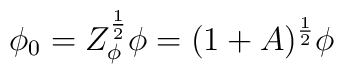
\phi_0 = Z^{\frac{1}{2}}_\phi \phi = (1+A)^{\frac{1}{2}} \phi